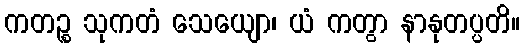
ကတဉ္စ သုကတံ သေယျော၊ ယံ ကတွာ နာနုတပ္ပတိ။